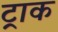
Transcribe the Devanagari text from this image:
ट्राक